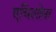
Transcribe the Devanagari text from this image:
एचिलोना